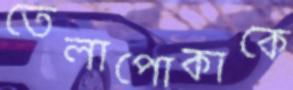
তেলাপোকাকে